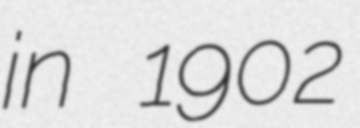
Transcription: in 1902